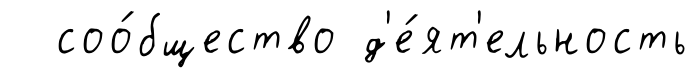
соо́бщество д'е́ят'ельность